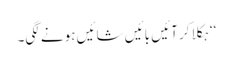
‘‘ ہکلا کر آئیں بائیں شائیں ہونے لگی۔